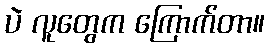
ပဲ လူတွေက ကြောက်တာ။